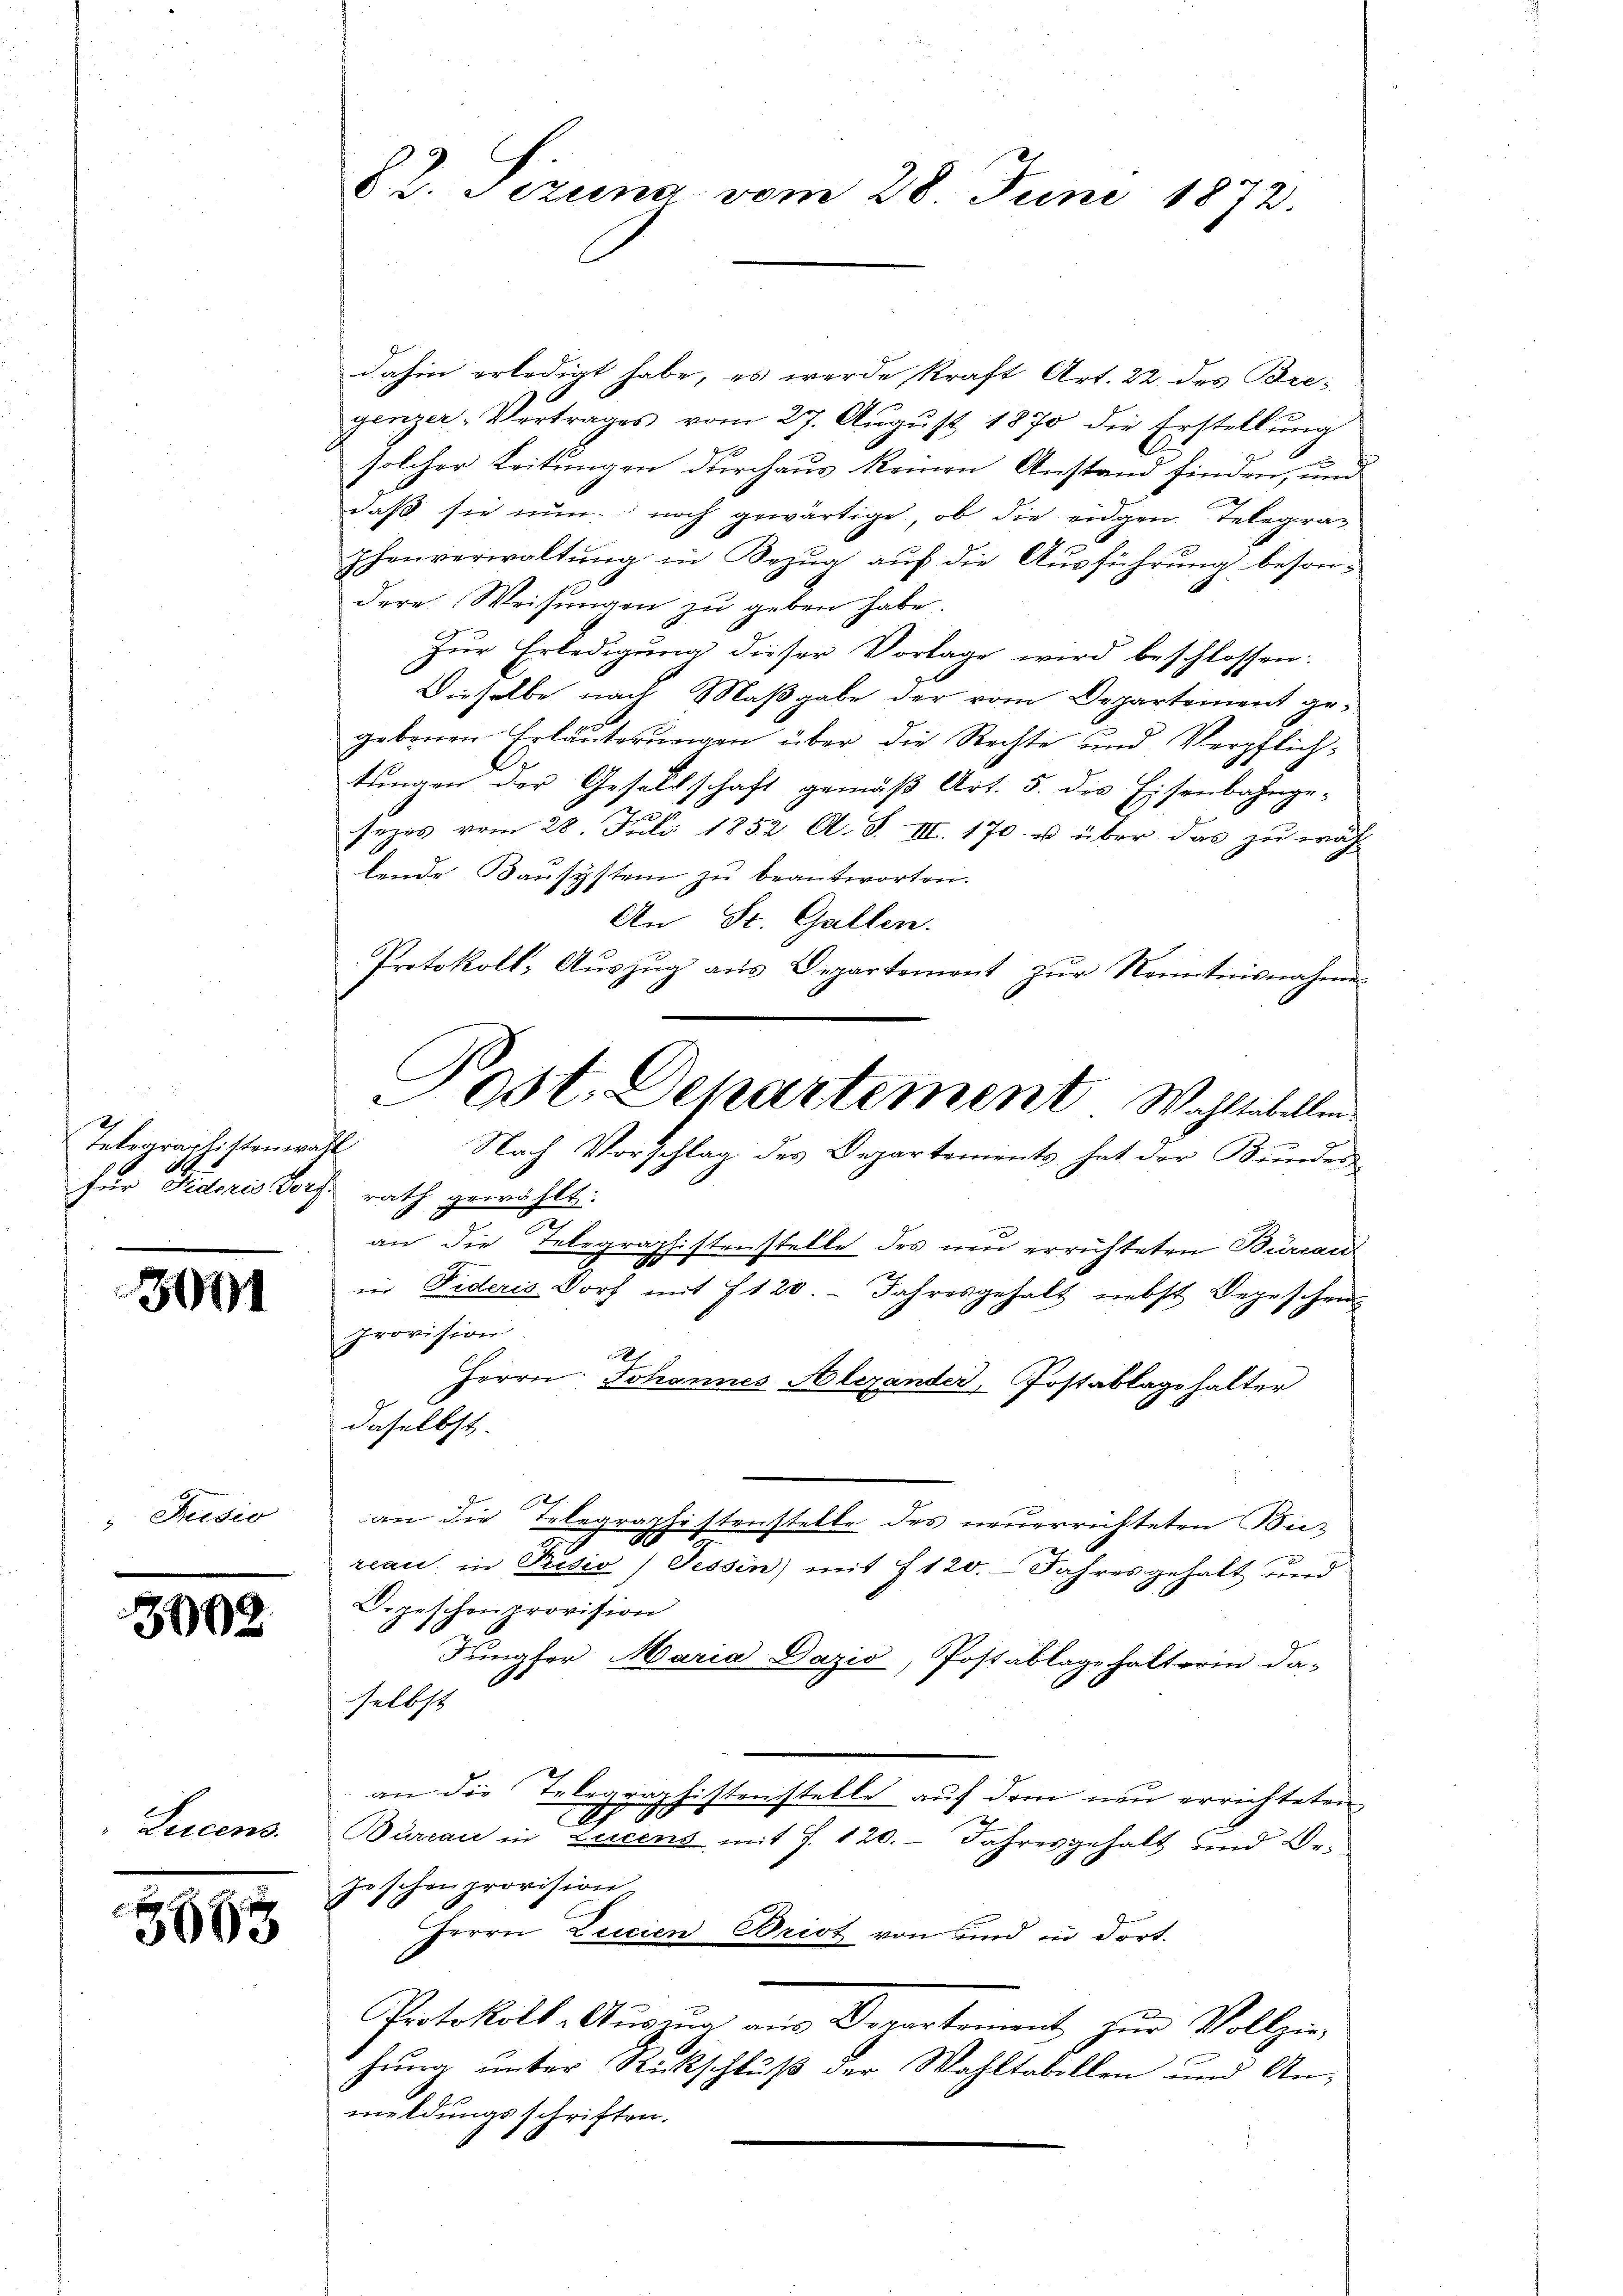
8
Telegraphistenwahl
für Federis Dorf rath gewählt:

3011

Tisio

3902

Lecens

5653

dahin erledigt habe, es werde, kraft Art. 22. des Bregenzer-Vertrages vom 27. Aŭgŭst 1870 die Erstellŭng
n
solcher Leitungen durchaus keinen Anstand finden, und
daß sie nun noch gewärtige, ob die eidgen. Telegraphenverwaltung in Bezug auf die Ausführung besondere Weisungen zu geben habe.
Zur Erledigung dieser Vorlage wird beschlossen:
Dieselbe nach Maßgabe der vom Departement gegebenen Erläuterungen über die Rechte und Verpflichtungen der Gesellschaft gemäß Art. 5. des Eisenbahngesezes vom 28. Juli 1852 A. S. III. 170 u über das zu wäh
lende Bausystem zu beantworten.
An St. Gallen.
Protokoll, Aŭszŭg aŭs Departement zŭr Kenntnisnahme
an die Telegraphistenstelle des neu errichteten Büreau
in Fideris Dorf mit 120. Jahresgehalt nebst Depeschen
Provision
e
Herrn Johannes Alexander, Postablagehalter
daselbst.
an die Telegraphistenstelle des neuerrichteten Bie-
A
reau in Prisio) Tessin) mit 1120. Jahresgehalt und
Depeschenprovision
Jungfer Maria Dazić, Postablage halterin da-
selbst
an die Telegraphistenstelle auf dem neu errichteten
2
Bureau in Lucens mit J. 120. Jahresgehalt und Be¬
Joschenprovision.
Herrn Lucien Brist von und in dort.
Protokoll-Aŭsŭng aŭs Departement zŭr Vollzie-
hung unter Rückschluß der Wohltobellen und An-
meldungsschriften.

§ 2. Setzung vom 28. Juni 1872

ost. Departement Wohltabellen
Nach Vorschlag des Departements hat der Kunder